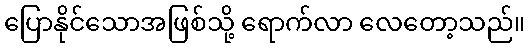
ပြောနိုင်သောအဖြစ်သို့ ရောက်လာ လေတော့သည်။